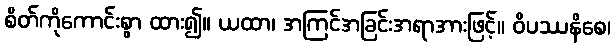
စိတ်ကိုကောင်းစွာ ထား၍။ ယထာ၊ အကြင်အခြင်းအရာအားဖြင့်။ ဝိပဿနိစေ၊